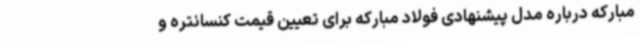
مبارکه درباره مدل پیشنهادی فولاد مبارکه برای تعیین قیمت کنسانتره و